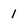
Character: 1